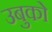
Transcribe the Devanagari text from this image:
उबुको